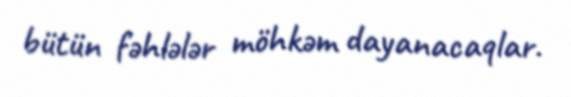
bütün fəhlələr möhkəm dayanacaqlar.